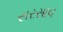
સરસાવ